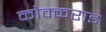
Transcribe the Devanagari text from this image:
कोक्कराइ